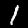
Digit: 1